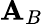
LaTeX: \mathbf{A}_{B}